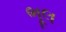
ભૂલ